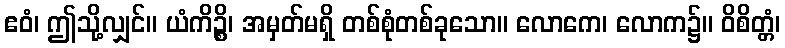
ဧဝံ၊ ဤသို့လျှင်။ ယံကိဉ္စိ၊ အမှတ်မရှိ တစ်စုံတစ်ခုသော။ လောကေ၊ လောက၌။ ဝိစိတ္တံ၊